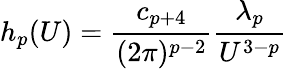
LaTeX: h_{p}(U)={\frac{c_{p+4}}{(2\pi)^{p-2}}}{\frac{\lambda_{p}}{U^{3-p}}}